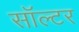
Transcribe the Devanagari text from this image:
सॉल्टर